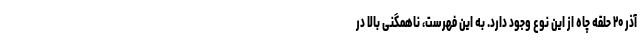
آذر ۲۰ حلقه چاه از این نوع وجود دارد. به این فهرست، ناهمگنی بالا در